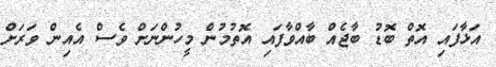
އަޅާފައި އޮތް ބޮޑު ބާޖެއް ބާއްވާފައި އޮތުމުން މީހުންނަށް ވެސް އެއިން ވަރަށް